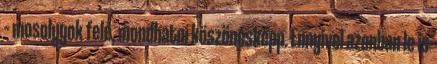
– mosolygok felé, mondhatni köszönésképp. Ennyivel azonban le is